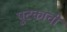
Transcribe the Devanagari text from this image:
पुटकांची